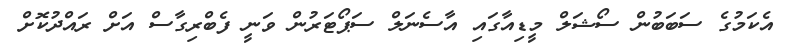
އެކަމުގެ ސަބަބުން ސޯޝަލް މީޑިއާގައި އާސެނަލް ސަޕޯޓަރުން ވަނީ ފެބްރިގާސް އަށް ރައްދުކޮށް